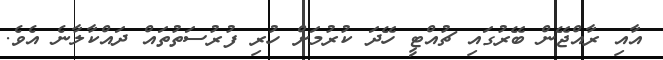
އާއި ރާއްޖޭން ބޭރުގައި ޗުއްޓީ ހޭދަ ކުރުމަށް ހުރި ފުރުސަތުތައް ދައްކާލާނެ އެވެ.